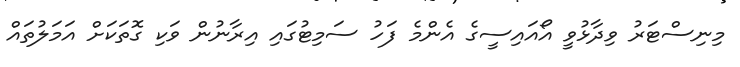
މިނިސްޓަރު ވިދާޅުވީ އޯއައިސީގެ އެންމެ ފަހު ސަމިޓުގައި އިރާނުން ވަކި ގޮތަކަށް އަމަލުތައް